Report on vaccination North-West Frontier Province 1904-1922 - 1904-1922
Year: 1904
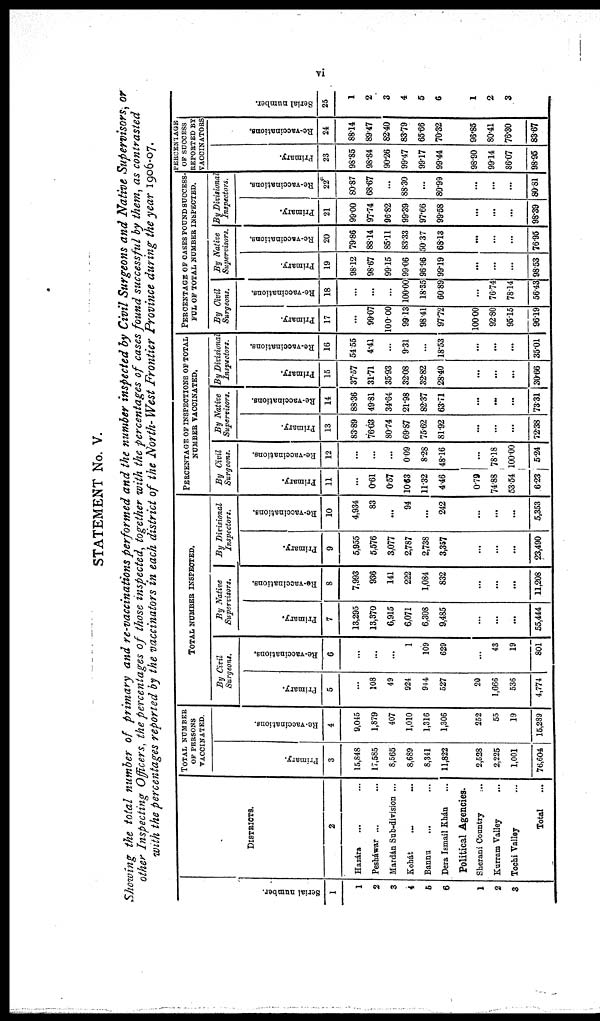
vi
STATEMENT No. V.
Showing the total number of primary and re-vaccinations performed and the number inspected by Civil Surgeons and Native Supervisors, or
other Inspecting Officers, the percentages of those inspected, together with the percentages of cases found successful by them, as contrasted
with the percentages reported by the vaccinators in each district of the North- West Frontier Province during the year 1906-07.
Serial number.
1
1
2
3
4
5
6
1
2
3
DISTRICTS.
2
Hazára
... ...
Pesháwar ... ...
Mardán Sub-division ...
Kohát ... ...
Bannu ... ...
Dera Ismail Khán ...
Political Agencies.
Sherani Country
...
Kurram Valley ...
Tochi Valley ...
Total ...
TOTAL NUMBER
OF PERSONS
VACCINATED.
Primary.
3
15,848
17,585
8,565
8,689
8,341
11,822
2,528
2,225
1,001
76,604
Re-vaccinations.
4
9,045
1,879
407
1,010
1,316
1,306
252
55
19
15,289
TOTAL NUMBER INSPECTED.
By Civil
Surgeons.
Primary.
5
...
108
49
924
944
527
20
1,666
536
4,774
Re-vaccinations.
6
...
...
...
1
109
629
...
43
19
801
By Native
Supervisors.
Primary.
7
13,295
13,370
6,915
6,071
6,308
9,485
...
...
...
55,444
Re-vaccinations.
8
7,993
936
141
222
1,084
832
...
...
...
11,208
By Divisional
Inspectors.
Primary.
9
5,955
5,576
3,077
2,787
2,738
3,357
...
...
...
23,490
Re-vaccinations.
10
4,934
83
...
94
...
242
...
...
...
5,353
PERCENTAGE OF INSPECTIONS OF TOTAL
NUMBER VACCINATED.
By Civil
Surgeons.
Primary.
11
...
0.61
0.57
10.63
11.32
4.46
0.79
74.88
53.54
6.23
Re-vaccinations.
12
...
...
...
0.09
8.28
48.16
...
78.18
100.00
5.24
By Native
Supervisors.
Primary.
13
83.89
76.03
80.74
69.87
75.62
81.92
...
...
...
72.38
Re-vaccinations.
14
88.36
49.81
34.64
21.98
82.37
63.71
...
...
...
73.31
By Divisional
Inspectors.
Primary.
15
37.57
31.71
35.93
32.08
32.82
28.40
...
...
...
30.66
Re-vaccinations.
16
54.55
4.41
...
9.31
...
18.53
...
...
...
35.01
PERCENTAGE OF CASES FOUND SUCCESS-
FUL OF TOTAL NUMBER INSPECTED.
By Civil
Surgeons.
Primary.
17
...
99.07
100.00
99.13
98.41
97.72
100.00
92.80
95.15
96.19
Re-vaccinations.
18
...
...
...
100.00
18.35
60.89
...
76.74
78.14
56.43
By Native
Supervisors.
Primary.
19
98.12
98.67
99.15
99.06
96.96
99.19
...
...
...
98.53
Re-vaccinations.
20
79.86
88.14
85.11
83.33
50.37
68.13
...
...
...
76.95
By Divisional
Inspectors.
Primary.
21
99.00
97.74
96.82
99.39
97.66
99.58
...
...
...
98.39
Re-vaccinations.
22*
80.87
68.67
...
88.30
...
80.99
...
...
...
80.81
PERCENTAGE
OF SUCCESS
REPORTED BY.
VACCINATORS
Primary.
23
98.85
98.84
90.26
99.47
99.17
99.44
98.90
99.14
86.07
98.95
Re-vaccinations.
24
88.14
89.47
82.40
83.79
65.66
70.32
96.85
80.41
76.30
83.67
Serial number.
25
1
2
3
4
5
6
1
2
3